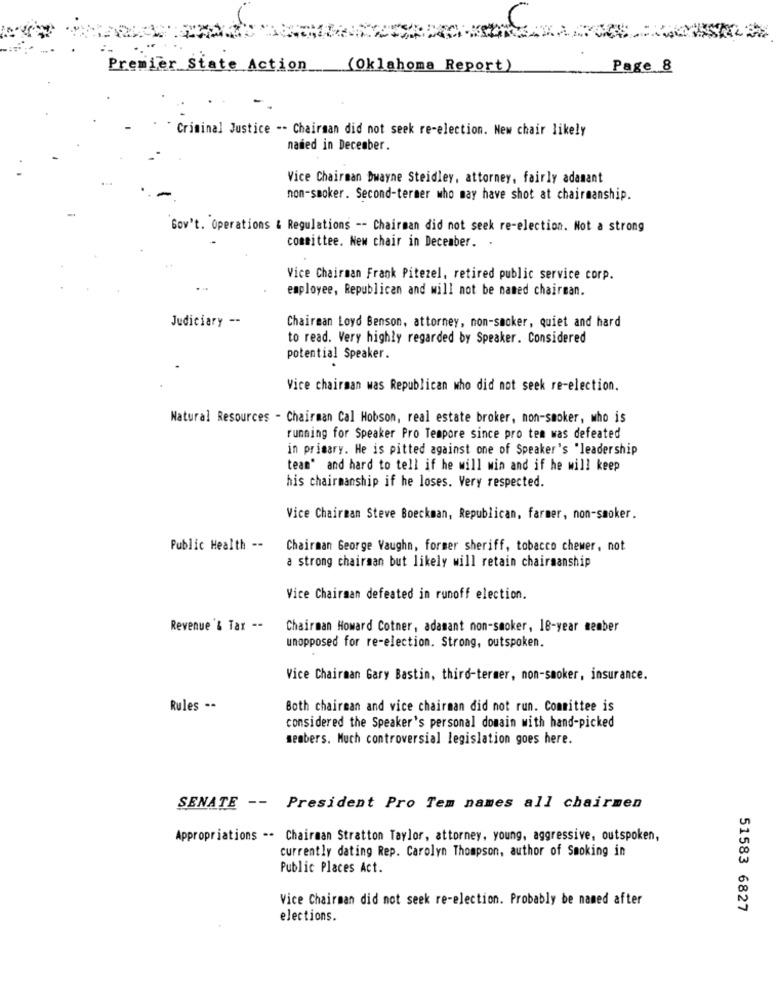
Premier State Action
(Oklahoma Report)
Page 8
Criminal Justice -- Chairman did not seek re-election. New chair likely
named in December.
Vice Chairman Dwayne Steidley, attorney, fairly adamant
non-smoker. Second-termer who may have shot at chairmanship.
Gov't. Operations & Regulations -- Chairman did not seek re-election. Not a strong
committee. New chair in December.
Vice Chairman Frank Pitezel, retired public service corp.
employee, Republican and will not be named chairman.
Judiciary --
Chairman Loyd Benson, attorney, non-smoker, quiet and hard
to read. Very highly regarded by Speaker. Considered
potential Speaker.
Vice chairman was Republican who did not seek re-election.
Natural Resources - Chairman Cal Hobson, real estate broker, non-smoker, who is
running for Speaker Pro Tempore since pro ten was defeated
in primary. He is pitted against one of Speaker's "leadership
team" and hard to tell if he will win and if he will keep
his chairmanship if he loses. Very respected.
Vice Chairman Steve Boeckman, Republican, farmer, non-smoker.
Public Health --
Chairman George Vaughn, former sheriff, tobacco chemer, not
a strong chairman but likely will retain chairmanship
Vice Chairman defeated in runoff election.
Revenue '& Tar --
Chairman Howard Cotner, adamant non-smoker, 18-year member
unopposed for re-election. Strong, outspoken.
Vice Chairman Gary Bastin, third-termer, non-smoker, insurance.
Rules ..
Both chairman and vice chairman did not run. Committee is
considered the Speaker's personal domain with hand-picked
members. Much controversial legislation goes here.
SENATE -- President Pro Tem names all chairmen
Appropriations -- Chairman Stratton Taylor, attorney, young, aggressive, outspoken,
currently dating Rep. Carolyn Thompson, author of Smoking in
Public Places Act.
Vice Chairman did not seek re-election. Probably be named after
51583 6827
elections.